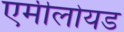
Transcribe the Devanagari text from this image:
एमीलोयड